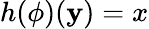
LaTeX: h(\phi)(\mathbf{y})=x